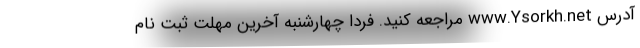
آدرس www.Ysorkh.net مراجعه کنید. فردا چهارشنبه آخرین مهلت ثبت نام